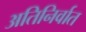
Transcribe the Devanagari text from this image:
अतिनिर्वात